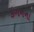
કગનના